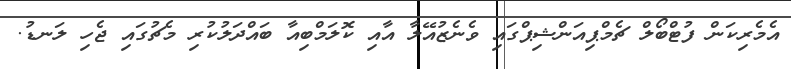
އެމެރިކަން ފުޓްބޯލް ޗެމްޕިއަންޝިޕްގައި ވެނެޒުއޭލާ އާއި ކޮލަމްބިއާ ބައްދަލުކުރި މެޗުގައި ޖެހި ލަނޑު.